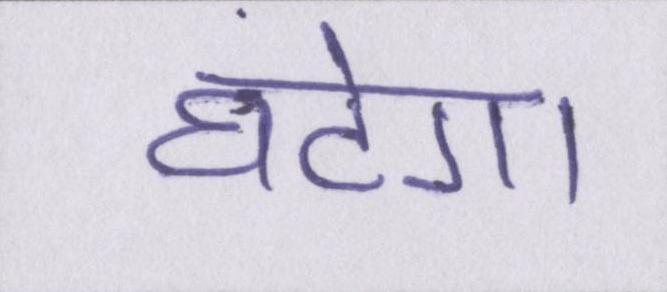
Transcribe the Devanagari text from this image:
घटेगा